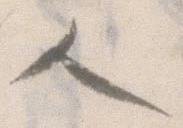
人